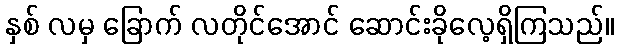
နှစ် လမှ ခြောက် လတိုင်အောင် ဆောင်းခိုလေ့ရှိကြသည်။